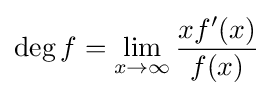
\deg f=\lim _{x\to \infty }{\frac {xf'(x)}{f(x)}}